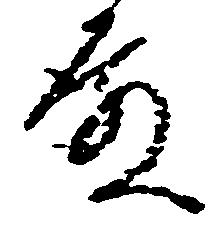
殿